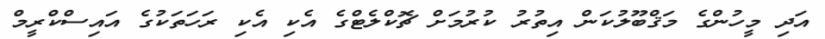
އަދި މީހުންގެ މަޤްބޫލުކަން އިތުރު ކުރުމަށް ޗޮކްލެޓްގެ އެކި އެކި ރަހަތަކުގެ އައިސްކްރީމް